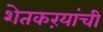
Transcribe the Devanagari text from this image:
शेतकऱयांची